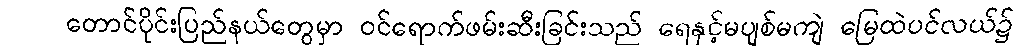
တောင်ပိုင်းပြည်နယ်တွေမှာ ဝင်ရောက်ဖမ်းဆီးခြင်းသည် ရေနှင့်မပျစ်မကျဲ မြေထဲပင်လယ်၌